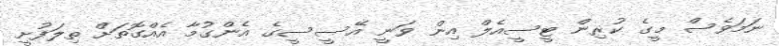
ނަމަވެސް މީގެ ކުރިން ޓީސީއެލް އިން ވަނީ އޭސީސީގެ އެންގުމާ އެއްގޮތަށް ތިލަފުށީ